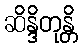
ဆိန္ဒိတုန္တိ